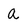
Character: a